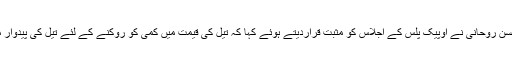
مہرکے مطابق صدر حسن روحانی نے اوپیک پلس کے اجلاس کو مثبت قراردیتے ہوئے کہا کہ تیل کی قیمت میں کمی کو روکنے کے لئے تیل کی پیدوار میں کمی ضروری ہے۔